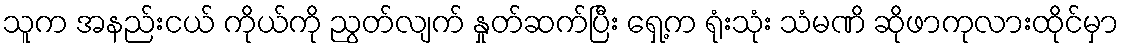
သူက အနည်းငယ် ကိုယ်ကို ညွတ်လျက် နှုတ်ဆက်ပြီး ရှေ့က ရုံးသုံး သံမဏိ ဆိုဖာကုလားထိုင်မှာ